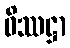
ဝိဿဋ္ဌာ